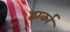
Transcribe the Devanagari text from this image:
द्वार्का